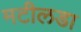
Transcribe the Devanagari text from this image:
मटीलडा